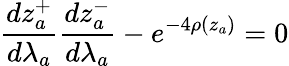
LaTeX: \frac{dz_{a}^{+}}{d\lambda_{a}}\frac{dz_{a}^{-}}{d\lambda_{a}}-e^{-4\rho(z_{a})}=0